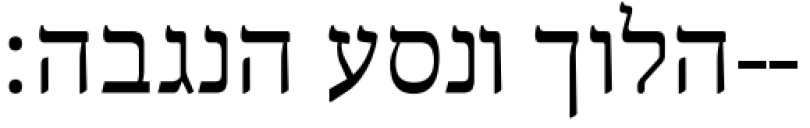
הלוך ונסע הנגבה׃--